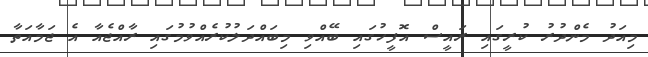
މިއަދު މެންދުރު ކުރީގައި ރައީސް އޮފީހުގައި ބޭއްވި މިބައްދަލުކުރެއްވުމުގައި ރާއްޖެއާ އެ ޖަމާއަތާ